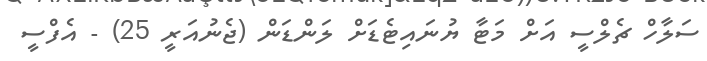
ސަލާހް ޗެލްސީ އަށް މަޓާ ޔުނައިޓެޑަށް ލަންޑަން (ޖެނުއަރީ 25) - އެފްސީ